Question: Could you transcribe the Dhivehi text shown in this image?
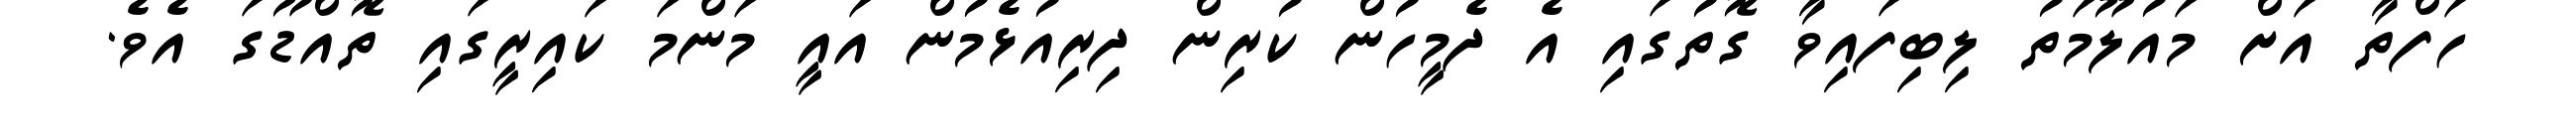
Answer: ހަފްތާ އަށް މައުލޫމަތު ލިބިފައިވާ ގޮތުގައި އެ ދެމީހުން ކުރިން ދިރިއުޅެމުން އައީ މަންމަ ކައިރީގައި ތޮއްޑޫގަ އެވެ.